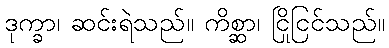
ဒုက္ခာ၊ ဆင်းရဲသည်။ ကိစ္ဆာ၊ ငြိုငြင်သည်။